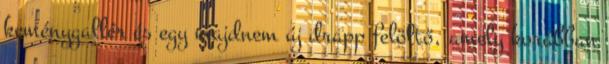
keménygallér és egy majdnem új drapp felöltő, amely korábban